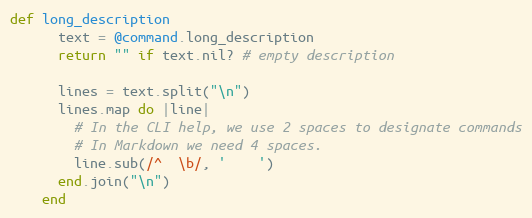
Language: Ruby
def long_description
      text = @command.long_description
      return "" if text.nil? # empty description

      lines = text.split("\n")
      lines.map do |line|
        # In the CLI help, we use 2 spaces to designate commands
        # In Markdown we need 4 spaces.
        line.sub(/^  \b/, '    ')
      end.join("\n")
    end